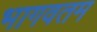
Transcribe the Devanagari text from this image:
भागवतम